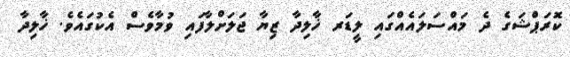
ކޮރަޕްޝަގެ ދެ މައްސަލައެއްގައި ލީޑަރ ޚާލިދާ ޒިޔާ ޖަލަށްލާފައި ވުމާވެސް އެކުގައެވެ. ޚާލިދާ